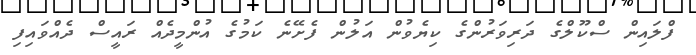
ފްލައިން ސްކޫލްގެ ދަރިވަރުންގެ ކިޔެވުން އަލުން ފެށޭނެ ކަމުގެ އުންމީދެއް ރައީސް ދެއްވައިފި